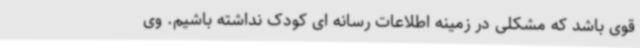
قوی باشد که مشکلی در زمینه اطلاعات رسانه ای کودک نداشته باشیم. وی